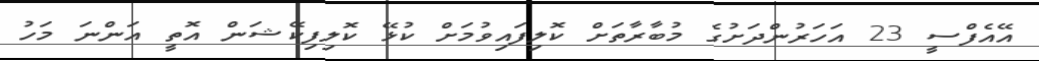
އޭއެފްސީ 23 އަހަރުންދަށުގެ މުބާރާތަށް ކޮލިފައިވުމަށް ކުޅޭ ކޮލިފިކޭޝަން އޮތީ އަންނަ މަހު